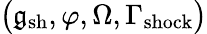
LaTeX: \big(\mathfrak{g}_{\mathrm{sh}},\varphi,\Omega,\Gamma_{\mathrm{shock}}\big)